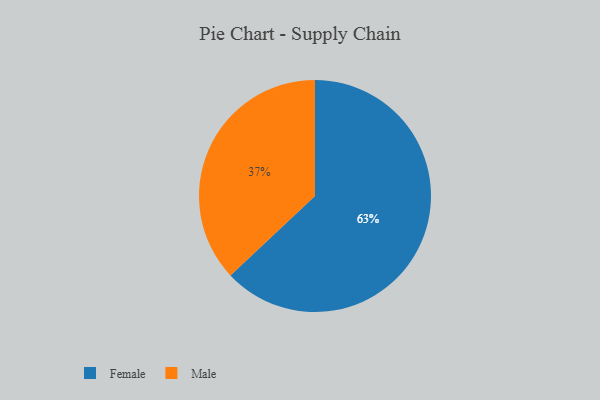
{"axis": {"x": "Category", "y": "Percentage"}, "legend": ["Female", "Male"], "data": [{"x": "Male", "y": 37, "type": "Male"}, {"x": "Female", "y": 63, "type": "Female"}]}